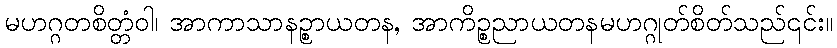
မဟဂ္ဂတစိတ္တံဝါ၊ အာကာသာနဉ္စာယတန, အာကိဉ္စညာယတနမဟဂ္ဂုတ်စိတ်သည်၎င်း။